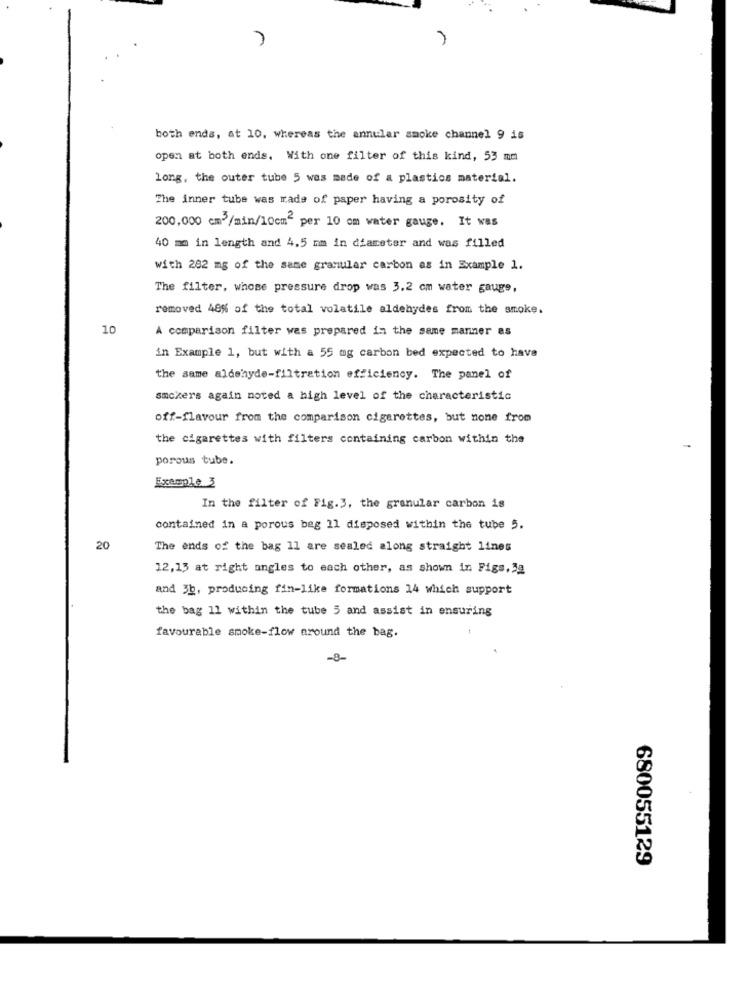
both ends, at 10, whereas the annular smoke channel 9 is
open at both ends. With one filter of this kind, 53 mm
long, the outer tube 5 was made of a plastics material.
The inner tube was made of paper having a porosity of
200,000 cm-/min/10cm per 10 om water gauge. It was
40 mm in length and 4.5 mm in diameter and was filled
with 282 mg of the same granular carbon as in Example 1.
The filter, whose pressure drop was 3.2 cm water gauge,
removed 48% of the total volatile aldehydes from the smoke.
10
A comparison filter wes prepared in the same manner as
in Example 1, but with a 55 mg carbon bed expected to have
the same aldehyde-filtration efficiency. The panel of
smokers again noted a high level of the characteristic
off-flavour from the comparison cigarettes, but none from
the cigarettes with filters containing carbon within the
porous tube.
Example 3
In the filter of Fig.3, the granular carbon is
contained in a porous bag 11 disposed within the tube 5.
20
The ends of the bag 11 are sealed along straight lines
12,13 at right angles to each other, as shown in Figs,3g
and 3b, producing fin-like formations 14 which support
the bag 11 within the tube 5 and assist in ensuring
favourable smoke-flow around the bag.
-8-
680055129